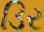
ડિર